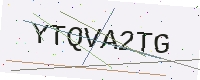
Text: YTQVA2TG